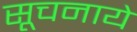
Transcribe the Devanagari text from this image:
सूचनाये